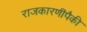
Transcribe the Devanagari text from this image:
राजकारणींपैकी